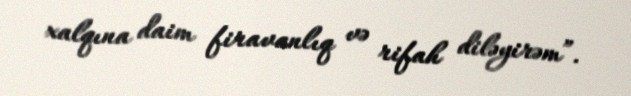
xalqına daim firavanlıq və rifah diləyirəm”.